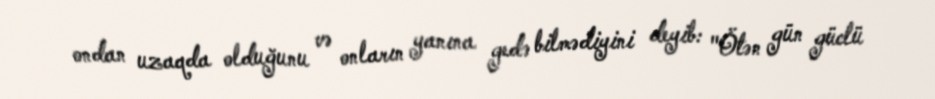
ondan uzaqda olduğunu və onların yanına gedə bilmədiyini deyib: "Ötən gün güclü